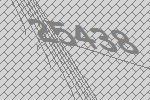
25438